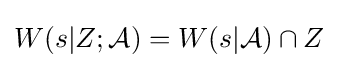
W(s|Z;{\mathcal {A}})=W(s|{\mathcal {A}})\cap Z